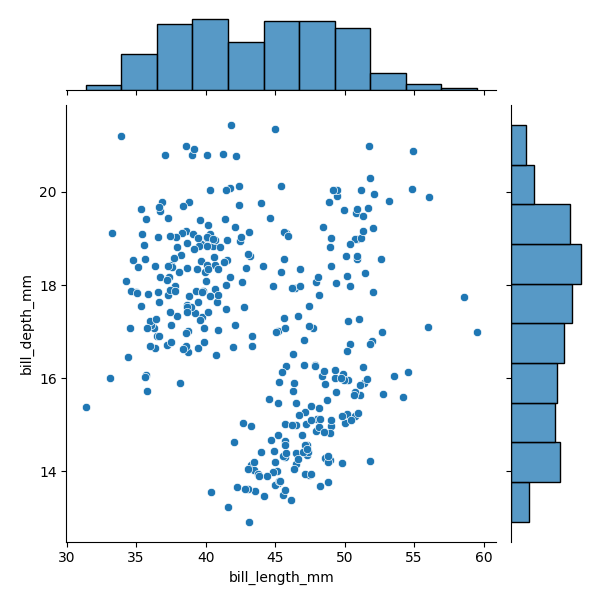
python, seaborn, JointGrid, scatterplot, histplot